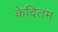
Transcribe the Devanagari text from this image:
क्रेदितम